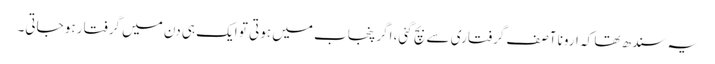
یہ سندھ تھا کہ ارونا آصف گرفتاری سے بچ گئی، اگر پنجاب میں ہوتی تو ایک ہی دن میں گرفتار ہو جاتی۔